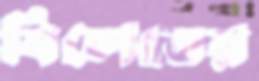
বিলেতের